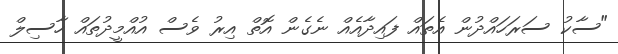
"ސާކު ސަރަހައްދުން އެތައް ފައިދާއެއް ނެގެން އޮތް އިރު ވެސް އުއްމީދުތައް ހާސިލް